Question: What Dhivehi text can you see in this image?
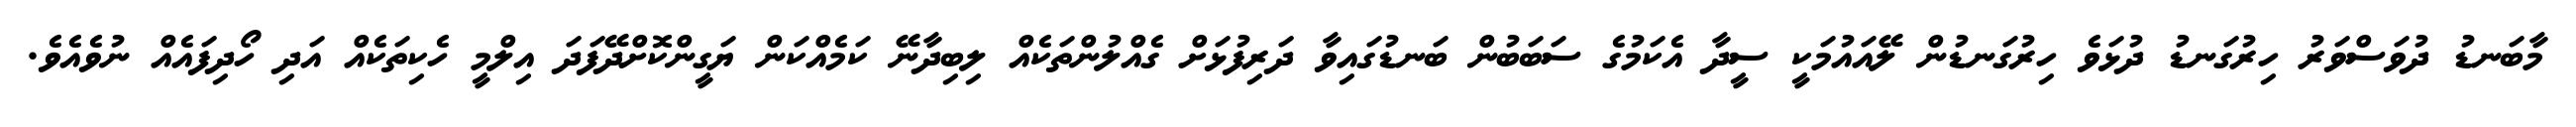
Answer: މާބަނޑު ދުވަސްވަރު ހިރުގަނޑު ދުޅަވެ ހިރުގަނޑުން ލޭއައުމަކީ ސީދާ އެކަމުގެ ސަބަބުން ބަނޑުގައިވާ ދަރިފުޅަށް ގެއްލުންތަކެއް ލިބިދާނޭ ކަމެއްކަން ޔަގީންކޮށްދޭފަދަ އިލްމީ ހެކިތަކެއް އަދި ހޯދިފައެއް ނުވެއެވެ.